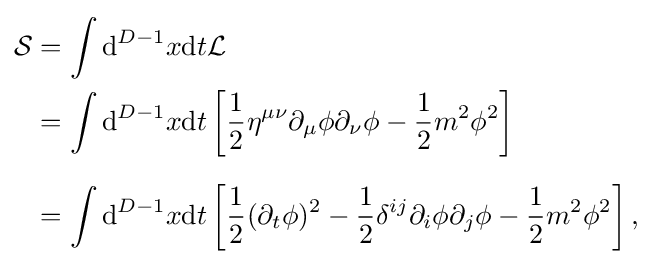
{\begin{aligned}{\mathcal {S}}&=\int \mathrm {d} ^{D-1}x\mathrm {d} t{\mathcal {L}}\\&=\int \mathrm {d} ^{D-1}x\mathrm {d} t\left[{\frac {1}{2}}\eta ^{\mu \nu }\partial _{\mu }\phi \partial _{\nu }\phi -{\frac {1}{2}}m^{2}\phi ^{2}\right]\\[6pt]&=\int \mathrm {d} ^{D-1}x\mathrm {d} t\left[{\frac {1}{2}}(\partial _{t}\phi )^{2}-{\frac {1}{2}}\delta ^{ij}\partial _{i}\phi \partial _{j}\phi -{\frac {1}{2}}m^{2}\phi ^{2}\right],\end{aligned}}